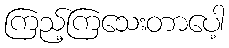
ကြည့်ကြသေးတာပေါ့